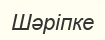
Шәріпке